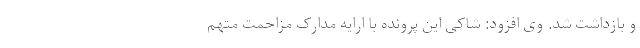
و بازداشت شد. وی افزود: شاکی این پرونده با ارایه مدارک مزاحمت متهم